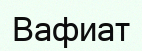
Вафиат